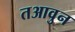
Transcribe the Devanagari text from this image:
तआवुन